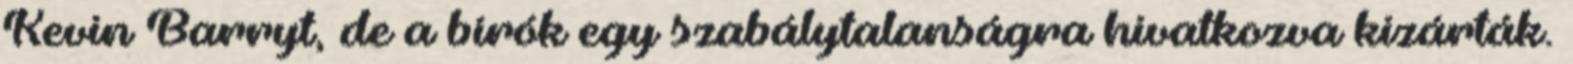
Kevin Barryt, de a bírók egy szabálytalanságra hivatkozva kizárták.